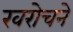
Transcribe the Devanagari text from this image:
खरोचने